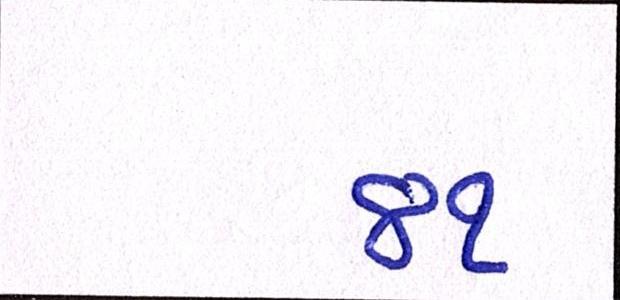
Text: ૪૧